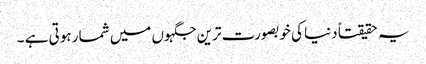
یہ حقیقتاً دنیا کی خوبصورت ترین جگہوں میں شمار ہوتی ہے ۔